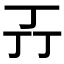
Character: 𬻄